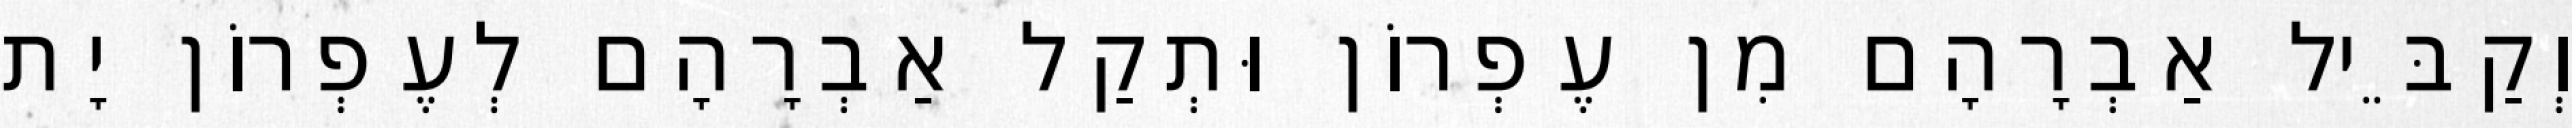
וְקַבֵּיל אַבְרָהָם מִן עֶפְרוֹן וּתְקַל אַבְרָהָם לְעֶפְרוֹן יָת